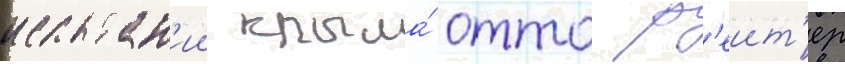
испытан'ии крыла́ отто р'еит'ер